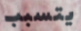
يتسبب